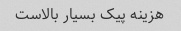
هزینه پیک بسیار بالاست